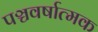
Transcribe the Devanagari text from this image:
पञ्चवर्षात्मक